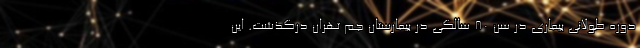
دوره طولانی بیماری در سن ۸۰ سالگی در بیمارستان جم تهران درگذشت. این